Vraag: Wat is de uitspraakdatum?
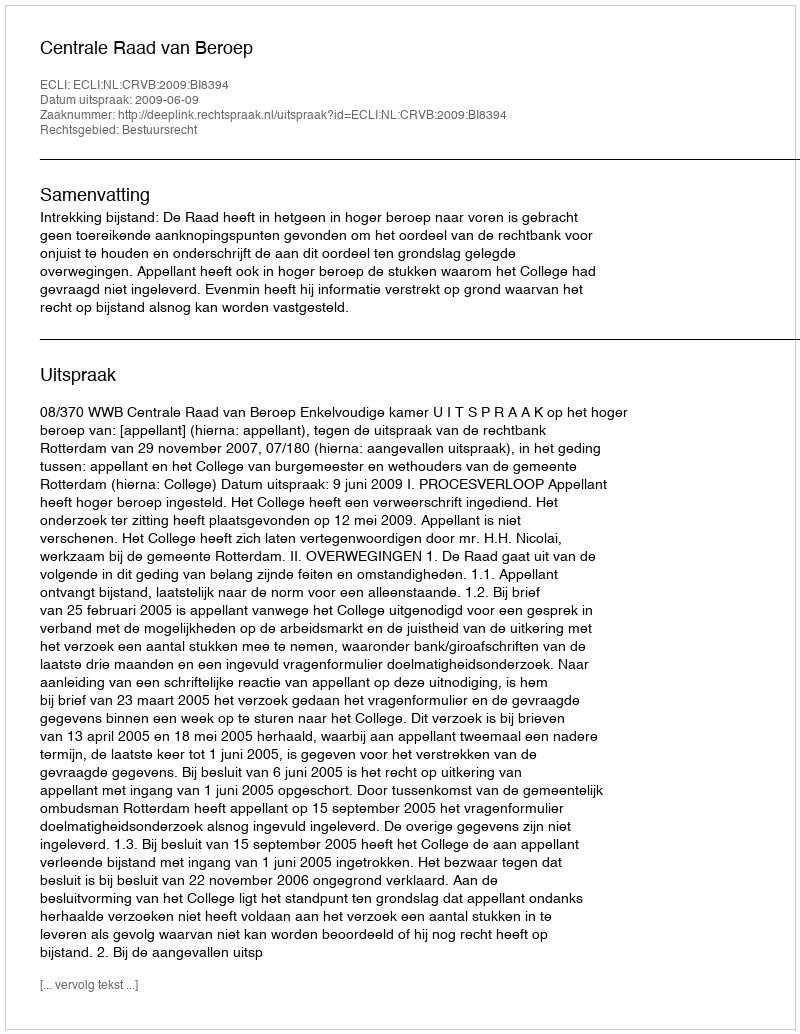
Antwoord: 2009-06-09